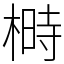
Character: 榯